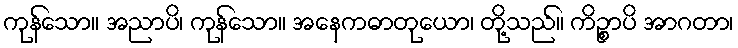
ကုန်သော။ အညာပိ၊ ကုန်သော။ အနေကဓာတုယော၊ တို့သည်။ ကိဉ္စာပိ အာဂတာ၊